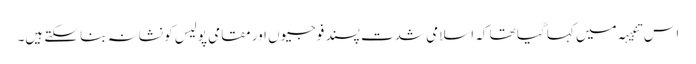
اس تنبیہہ میں کہا گیا تھا کہ اسلامی شدت پسند فوجیوں اور مقامی پولیس کو نشانہ بنا سکتے ہیں۔